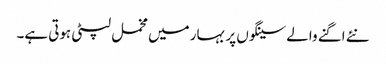
نئے اگنے والے سینگوں پر بہار میں مخمل لپٹی ہوتی ہے۔